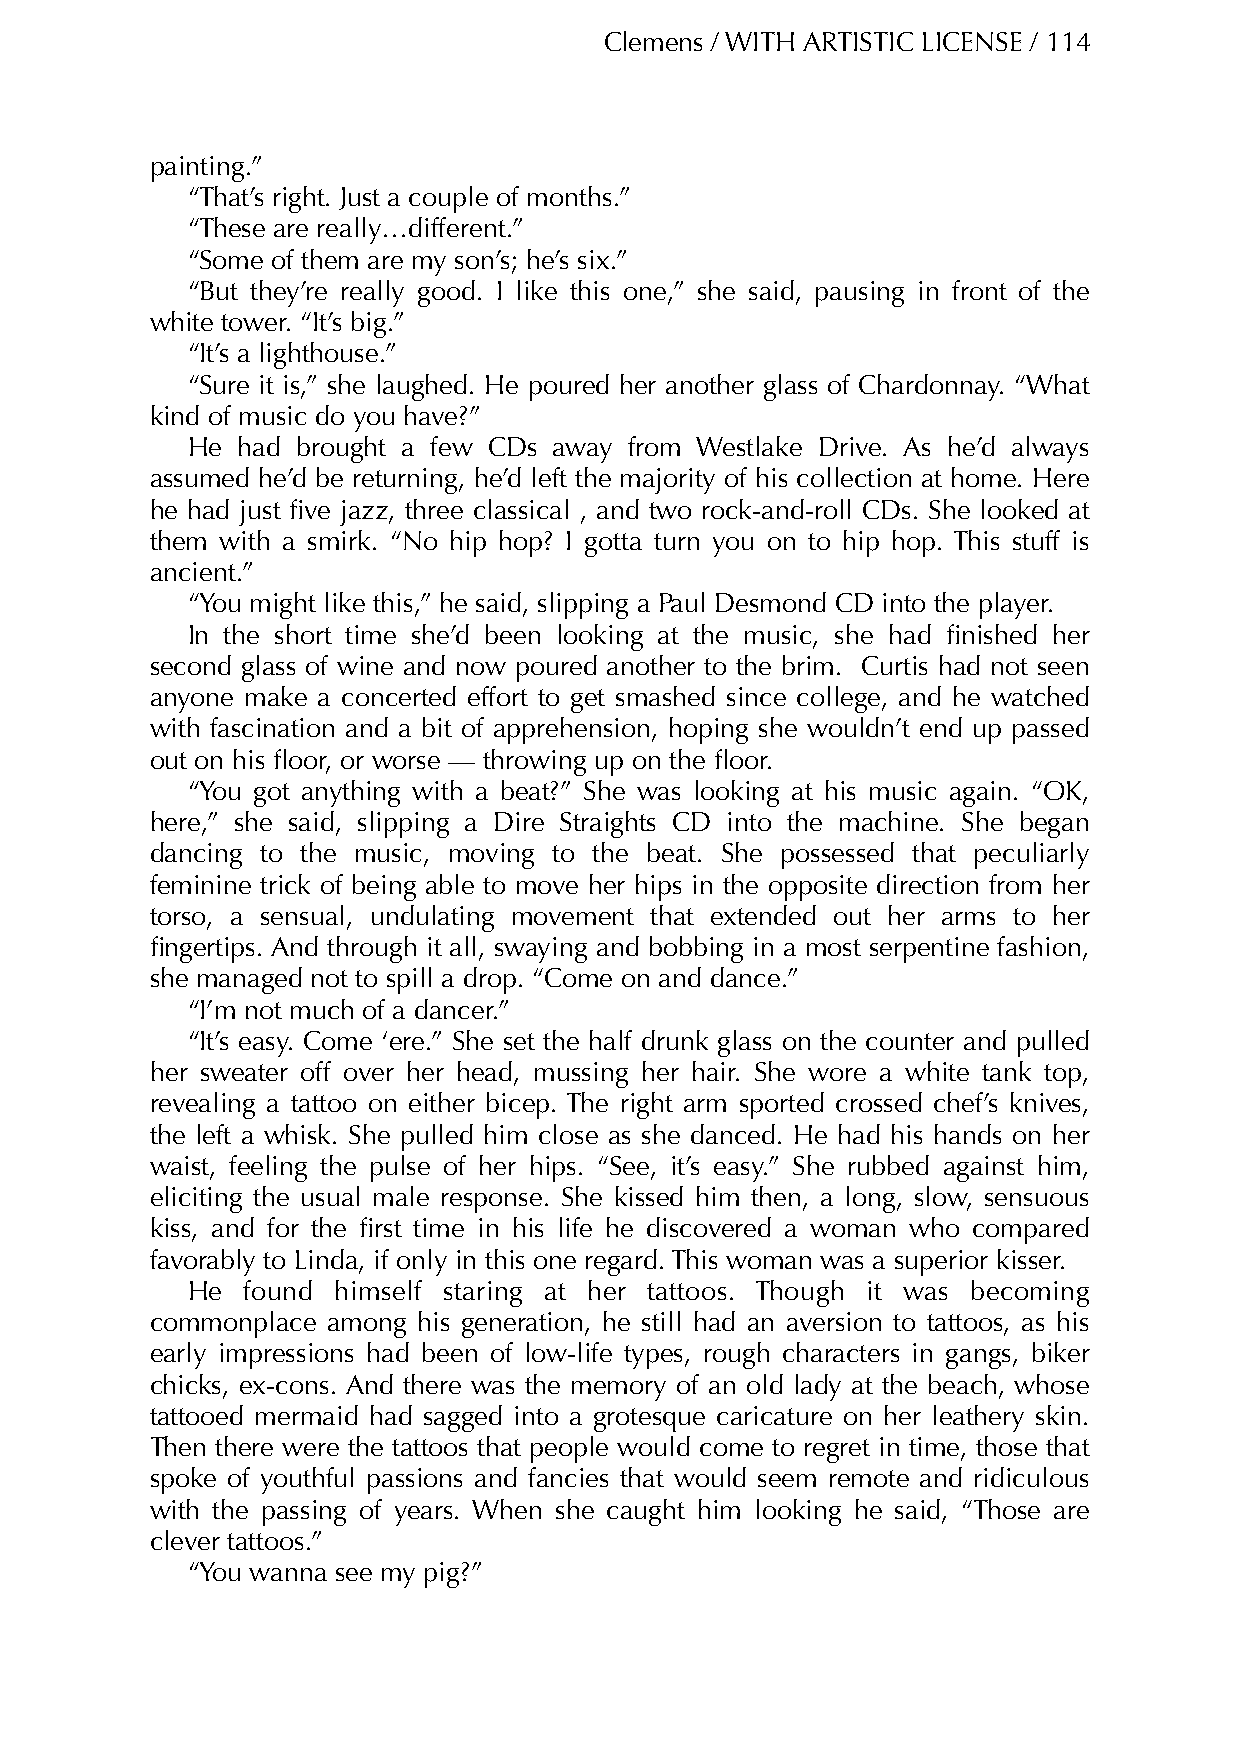
Clemens / WITH ARTISTIC LICENSE / 114
 painting.”
 “That’s right. Just a couple of months.”
 “These are really…different.”
 “Some of them are my son’s; he’s six.”
 “But they’re really good. I like this one,” she said, pausing in front of the
 white tower. “It’s big.”
 “It’s a lighthouse.”
 “Sure it is,” she laughed. He poured her another glass of Chardonnay. “What
 kind of music do you have?”
 He  had brought a few CDs away from Westlake Drive. As he’d always
 assumed he’d be returning, he’d left the majority of his collection at home. Here
 he had just five jazz, three classical , and two rock-and-roll CDs. She looked at
 them with a smirk. “No hip hop? I gotta turn you on to hip hop. This stuff is
 ancient.”
 “You might like this,” he said, slipping a Paul Desmond CD into the player.
 In the short time she’d been looking at the music, she had finished her
 second glass of wine and now poured another to the brim. Curtis had not seen
 anyone make a concerted effort to get smashed since college, and he watched
 with fascination and a bit of apprehension, hoping she wouldn’t end up passed
 out on his floor, or worse — throwing up on the floor.
 “You got anything with a beat?” She was looking at his music again. “OK,
 here,” she said, slipping a Dire Straights CD into the machine. She began
 dancing to the music, moving to the beat. She possessed that peculiarly
 feminine trick of being able to move her hips in the opposite direction from her
 torso, a sensual, undulating movement that extended out her arms to her
 fingertips. And through it all, swaying and bobbing in a most serpentine fashion,
 she managed not to spill a drop. “Come on and dance.”
 “I’m not much of a dancer.”
 “It’s easy. Come ‘ere.” She set the half drunk glass on the counter and pulled
 her sweater off over her head, mussing her hair. She wore a white tank top,
 revealing a tattoo on either bicep. The right arm sported crossed chef’s knives,
 the left a whisk. She pulled him close as she danced. He had his hands on her
 waist, feeling the pulse of her hips. “See, it’s easy.” She rubbed against him,
 eliciting the usual male response. She kissed him then, a long, slow, sensuous
 kiss, and for the first time in his life he discovered a woman who compared
 favorably to Linda, if only in this one regard. This woman was a superior kisser.
 He  found himself staring at her tattoos. Though it was becoming
 commonplace among his generation, he still had an aversion to tattoos, as his
 early impressions had been of low-life types, rough characters in gangs, biker
 chicks, ex-cons. And there was the memory of an old lady at the beach, whose
 tattooed mermaid had sagged into a grotesque caricature on her leathery skin.
 Then there were the tattoos that people would come to regret in time, those that
 spoke of youthful passions and fancies that would seem remote and ridiculous
 with the passing of years. When she caught him looking he said, “Those are
 clever tattoos.”
 “You wanna see my pig?”